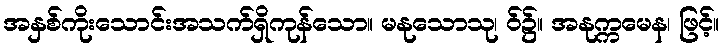
အနှစ်ကိုးသောင်းအသက်ရှိကုန်သော။ မနုသောသု၊ ဝ်၌။ အနုက္ကမေန၊ ဖြင့်။